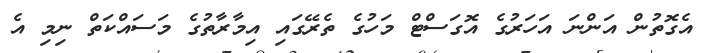
އެގޮތުން އަންނަ އަހަރުގެ އޮގަސްޓް މަހުގެ ތެރޭގައި އިމާރާތުގެ މަސައްކަތް ނިމި އެ